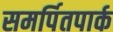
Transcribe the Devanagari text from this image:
समर्पितपार्क